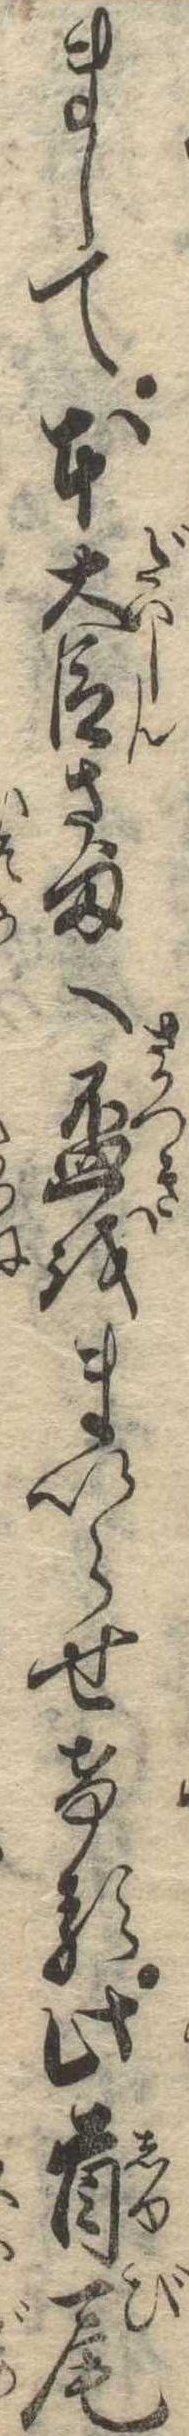
まして本大臣さまへ杯をまいらせける此首尾